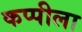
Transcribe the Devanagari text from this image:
कप्पीला